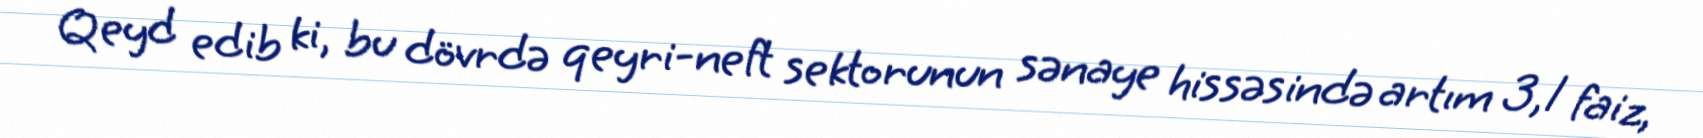
Qeyd edib ki, bu dövrdə qeyri-neft sektorunun sənaye hissəsində artım 3,1 faiz,